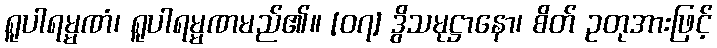
ရူပါရမ္မဏံ၊ ရူပါရမ္မဏမည်၏။ [၀၇] ဒွိသမုဋ္ဌာနော၊ စိတ် ဥတုအားဖြင့်